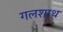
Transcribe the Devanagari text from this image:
गलशाथ